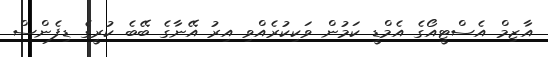
އާޒިމް އެސްޓީއޯގެ އެމްޑީ ކަމުން ވަކިކުރެއްވި އިރު އޭނާގެ ބޭބެ ކުރީގެ ޑިފެންސް